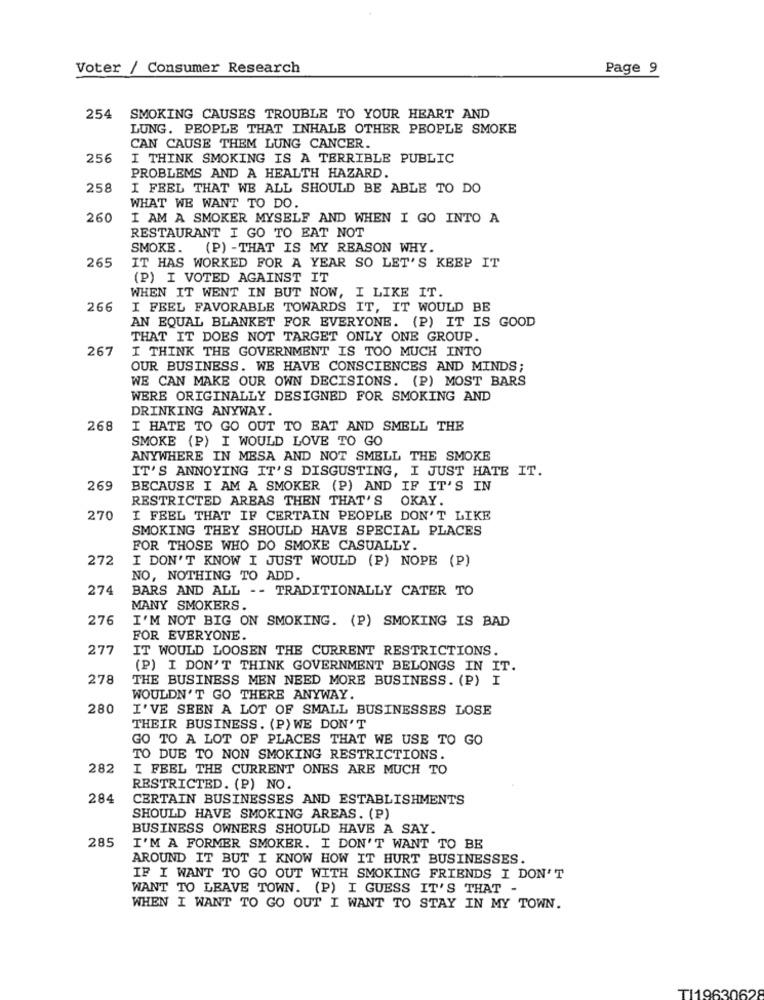
Voter / Consumer Research
Page 9
254
SMOKING CAUSES TROUBLE TO YOUR HEART AND
LUNG. PEOPLE THAT INHALE OTHER PEOPLE SMOKE
CAN CAUSE THEM LUNG CANCER.
256
I THINK SMOKING IS A TERRIBLE PUBLIC
PROBLEMS AND A HEALTH HAZARD.
258
I FEEL THAT WE ALL SHOULD BE ABLE TO DO
WHAT WE WANT TO DO.
260
I AM A SMOKER MYSELF AND WHEN I GO INTO A
RESTAURANT I GO TO EAT NOT
SMOKE. (P) -THAT IS MY REASON WHY.
265
IT HAS WORKED FOR A YEAR SO LET'S KEEP IT
(P) I VOTED AGAINST IT
WHEN IT WENT IN BUT NOW, I LIKE IT.
266
I FEEL FAVORABLE TOWARDS IT, IT WOULD BE
AN EQUAL BLANKET FOR EVERYONE. (P) IT IS GOOD
THAT IT DOES NOT TARGET ONLY ONE GROUP.
267
I THINK THE GOVERNMENT IS TOO MUCH INTO
OUR BUSINESS. WE HAVE CONSCIENCES AND MINDS;
WE CAN MAKE OUR OWN DECISIONS. (P) MOST BARS
WERE ORIGINALLY DESIGNED FOR SMOKING AND
DRINKING ANYWAY.
268
I HATE TO GO OUT TO EAT AND SMELL THE
SMOKE (P) I WOULD LOVE TO GO
ANYWHERE IN MESA AND NOT SMELL THE SMOKE
IT'S ANNOYING IT'S DISGUSTING, I JUST HATE IT.
269
BECAUSE I AM A SMOKER (P) AND IF IT'S IN
RESTRICTED ARBAS THEN THAT'S OKAY.
270
I FEEL THAT IF CERTAIN PEOPLE DON'T LIKE
SMOKING THEY SHOULD HAVE SPECIAL PLACES
FOR THOSE WHO DO SMOKE CASUALLY.
272
I DON'T KNOW I JUST WOULD (P) NOPE (P)
NO, NOTHING TO ADD.
274
BARS AND ALL -- TRADITIONALLY CATER TO
MANY SMOKERS.
276
I'M NOT BIG ON SMOKING. (P) SMOKING IS BAD
FOR EVERYONE.
277
IT WOULD LOOSEN THE CURRENT RESTRICTIONS.
(P) I DON'T THINK GOVERNMENT BELONGS IN IT.
278
THE BUSINESS MEN NEED MORE BUSINESS. (P) I
WOULDN'T GO THERE ANYWAY
280
I'VE SEEN A LOT OF SMALL BUSINESSES LOSE
THEIR BUSINESS. (P) WE DON'T
GO TO A LOT OF PLACES THAT WE USE TO GO
TO DUE TO NON SMOKING RESTRICTIONS.
282
I FEEL THE CURRENT ONES ARE MUCH TO
RESTRICTED. (P) NO.
284
CERTAIN BUSINESSES AND ESTABLISHMENTS
SHOULD HAVE SMOKING AREAS. (P)
BUSINESS OWNERS SHOULD HAVE A SAY.
285
I'M A FORMER SMOKER. I DON'T WANT TO BE
AROUND IT BUT I KNOW HOW IT HURT BUSINESSES.
IF I WANT TO GO OUT WITH SMOKING FRIENDS I DON'T
WANT TO LEAVE TOWN. (P) I GUESS IT'S THAT -
WHEN I WANT TO GO OUT I WANT TO STAY IN MY TOWN.
TI19630628